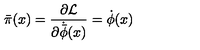
{ \bar { \pi } } ( x ) = \frac { \partial { \cal L } } { \partial { \dot { \bar { \phi } } } ( x ) } = { \dot { \phi } } ( x )